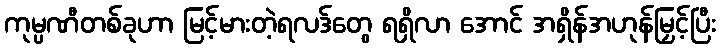
ကုမ္ပဏီတစ်ခုဟာ မြင့်မားတဲ့ရလဒ်တွေ ရရှိလာ အောင် အရှိန်အဟုန်မြှင့်ပြီး